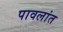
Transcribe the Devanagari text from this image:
पावलांत